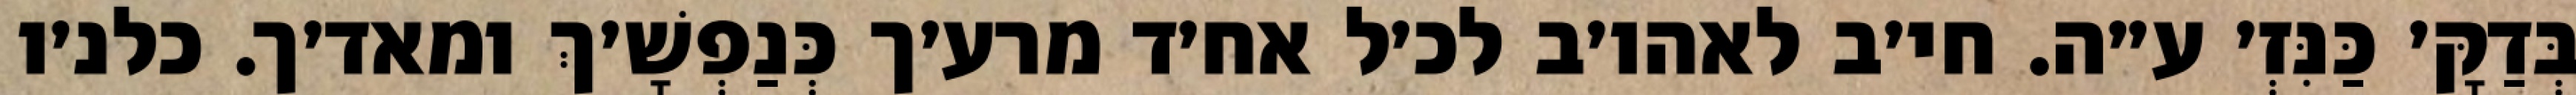
בְּדַקָּ׳ כַּנִּזְ׳ ע״ה. חי׳ב לאהו׳ב לכ׳ל אח׳ד מרע׳ך כְּנַפְשָׁ׳ךְ ומאד׳ך. כלנ׳ו